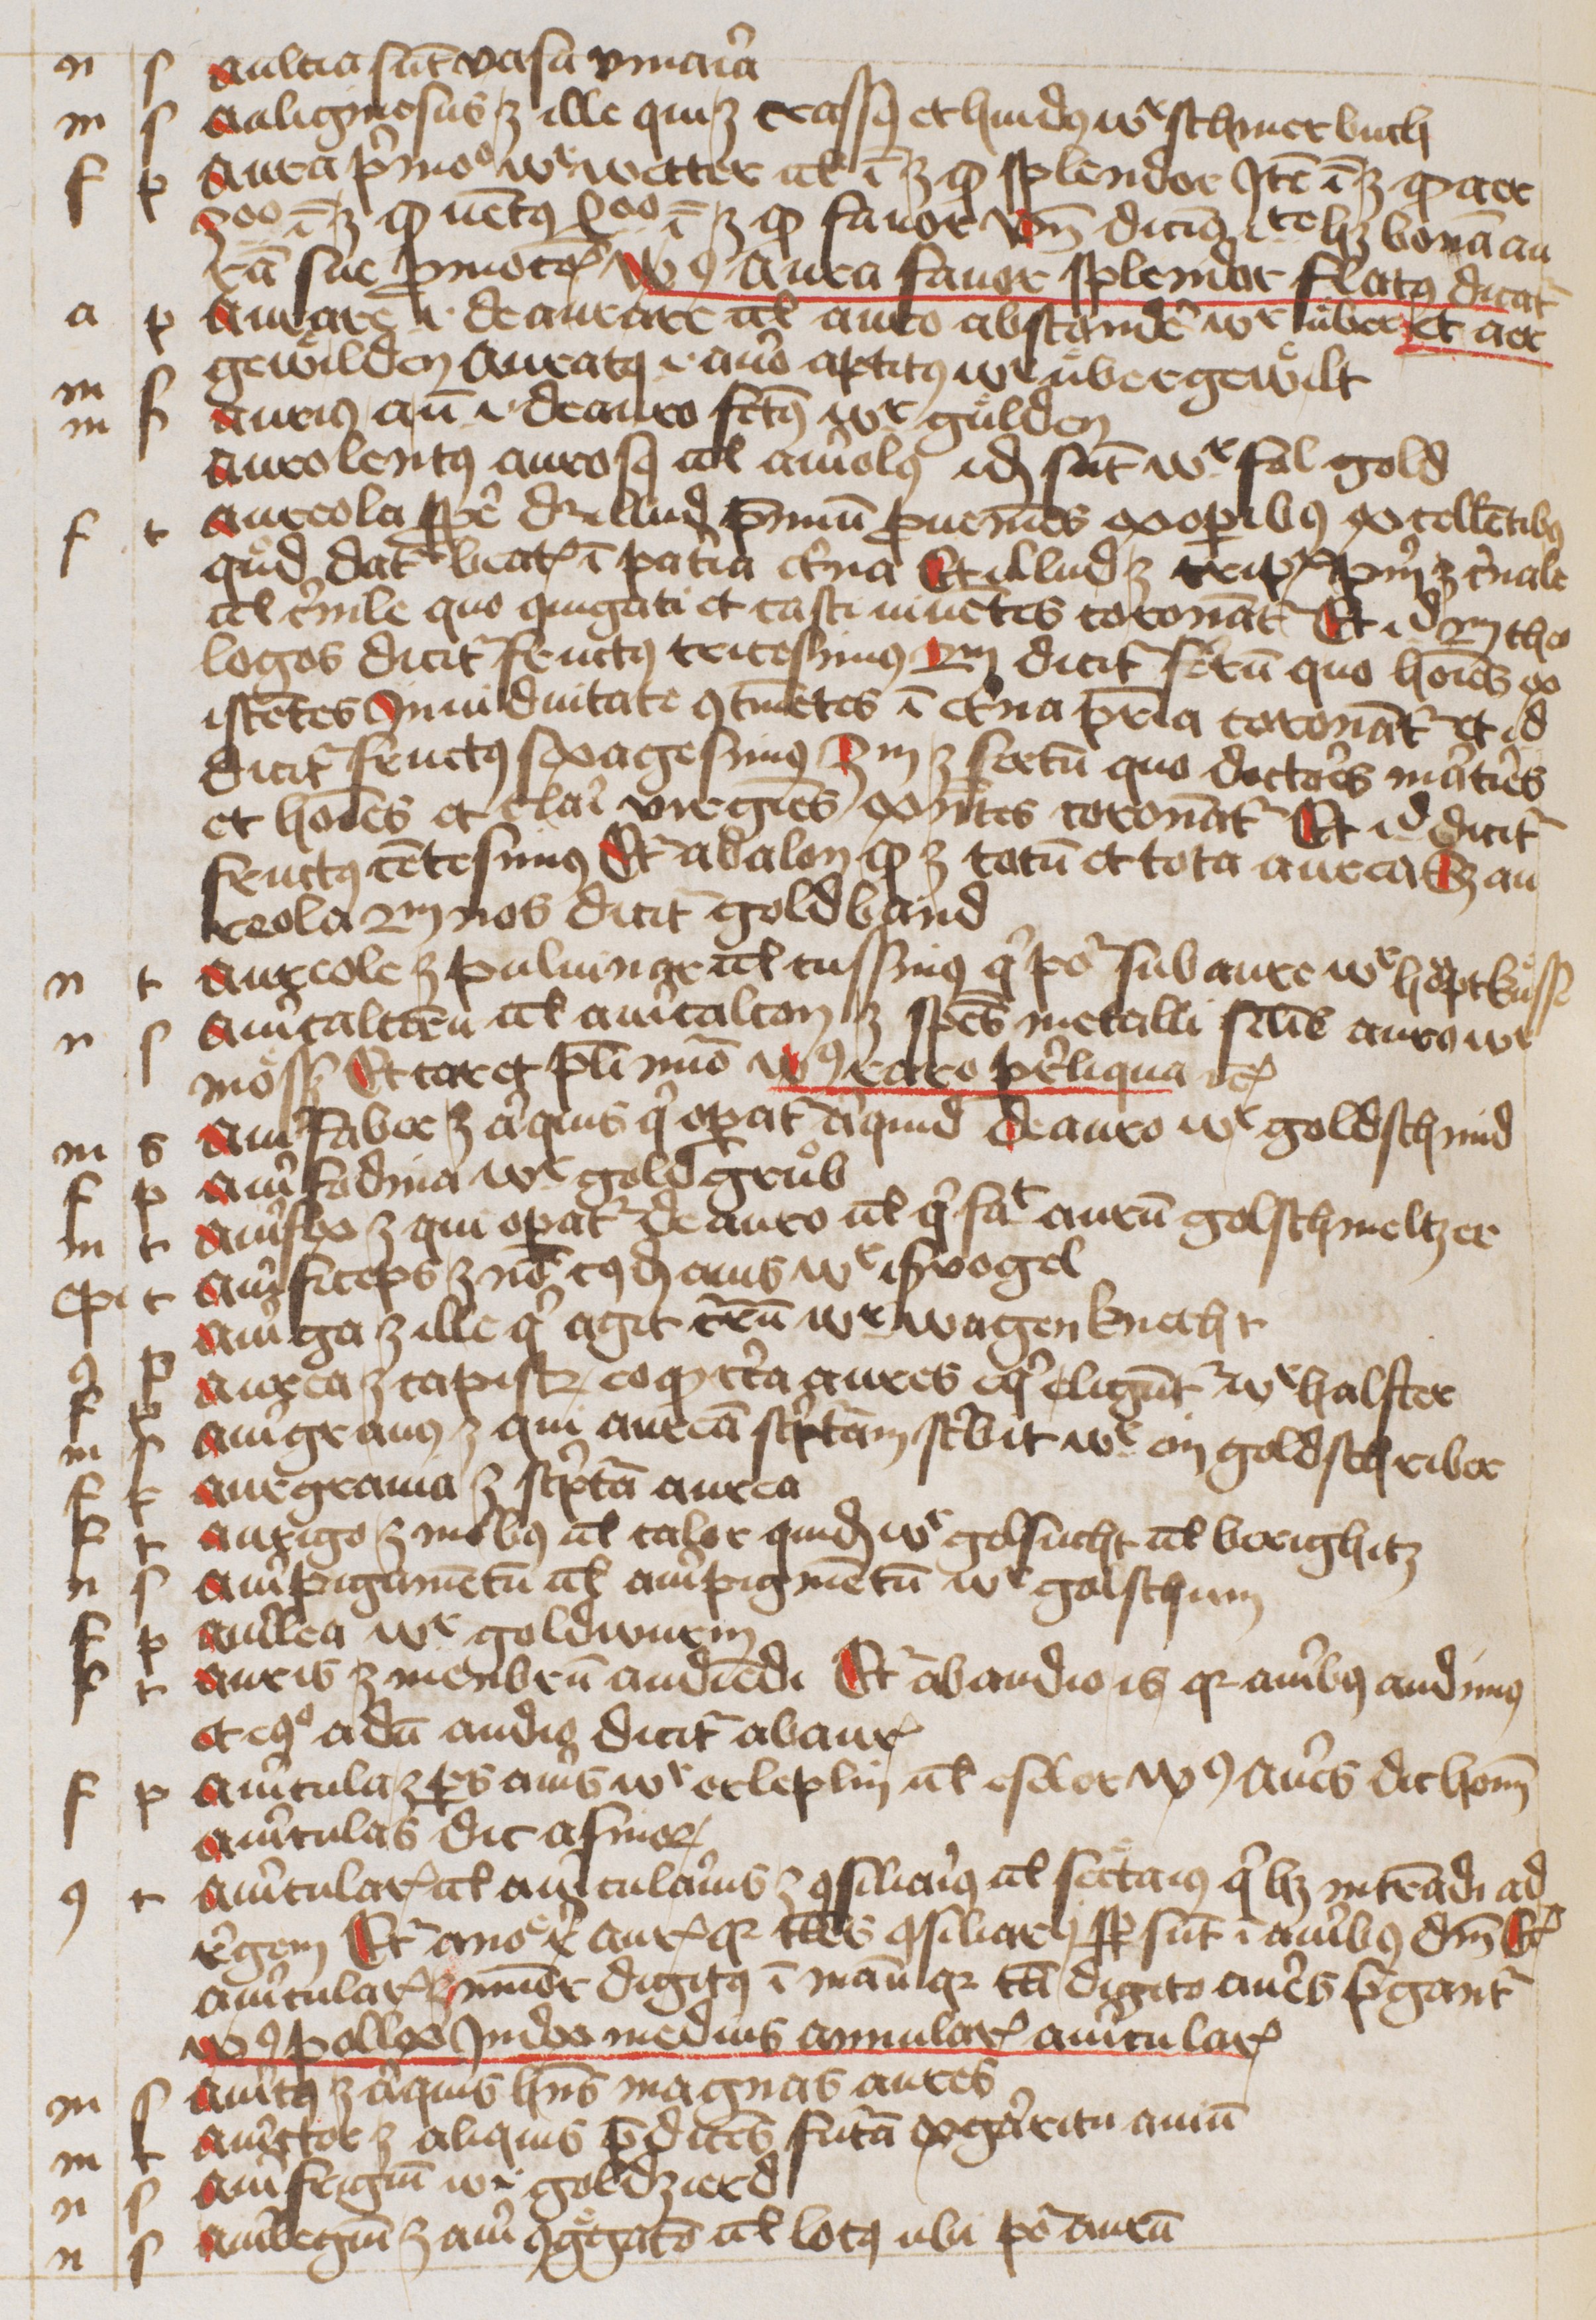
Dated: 1445–1455